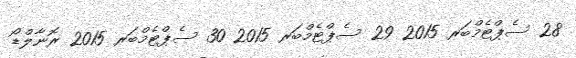
28 ސެޕްޓެމްބަރ 2015 29 ސެޕްޓެމްބަރ 2015 30 ސެޕްޓެމްބަރ 2015 ރޮނާލްޑޯ